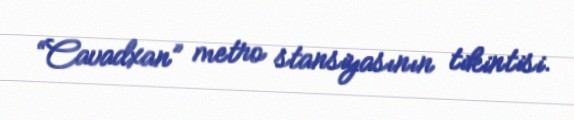
“Cavadxan” metro stansiyasının tikintisi.